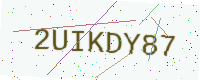
Text: 2UIKDY87